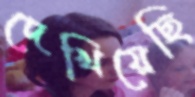
দেখিয়েছি